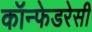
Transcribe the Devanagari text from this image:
कॉन्फेडरेसी